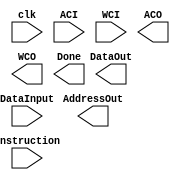
module AM2940(clk, DataInput, ACI, WCI, Instruction, ACO, WCO, Done, DataOut, AddressOut);
	input clk, ACI, WCI;
	input [7:0] DataInput;
	input [2:0] Instruction;
	
	output ACO, WCO, Done;
	output [7:0] DataOut;
	output [7:0] AddressOut;
	
	

endmodule